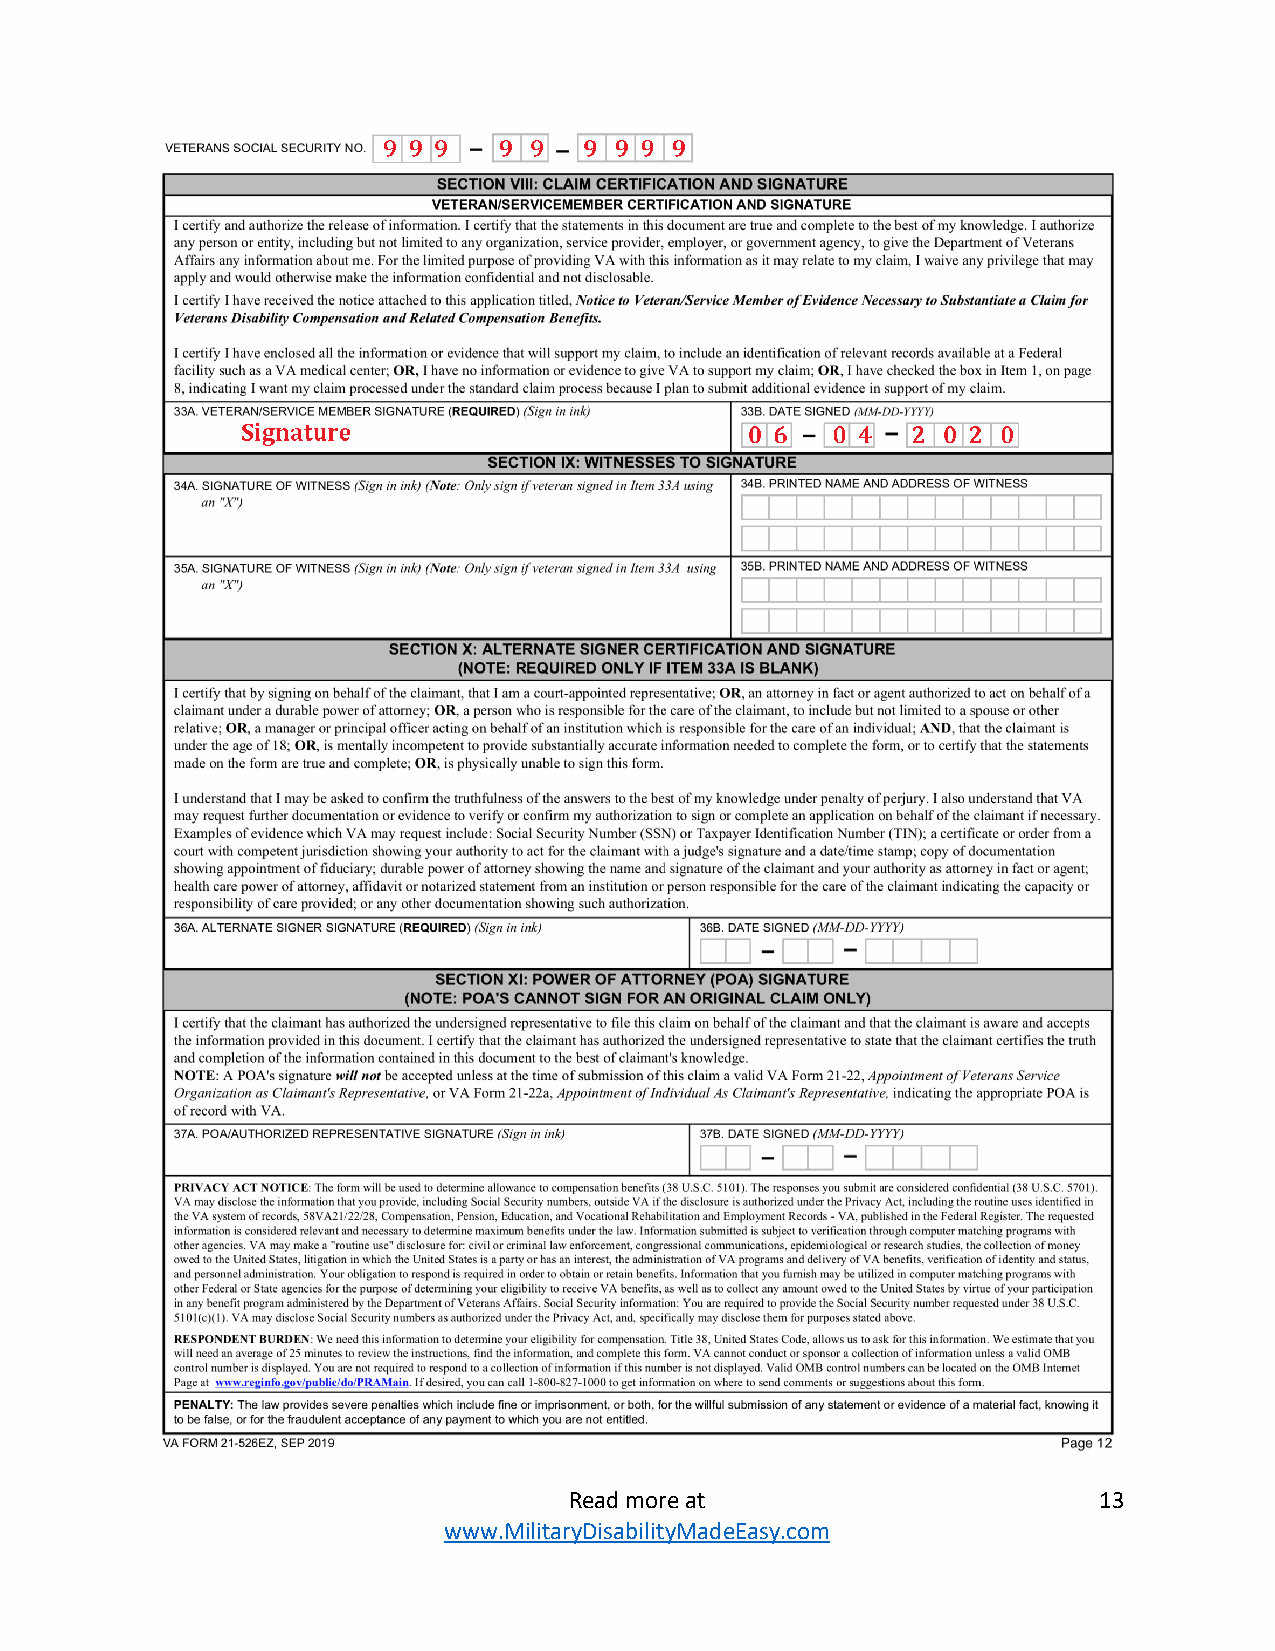
Read more at                       13
 www.MilitaryDisabilityMadeEasy.com